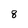
Character: 8